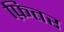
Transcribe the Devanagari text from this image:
फ़ितर